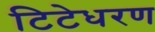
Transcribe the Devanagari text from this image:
टिटेधरण